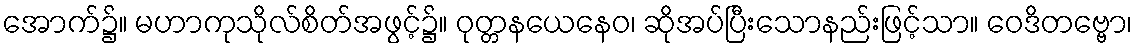
အောက်၌။ မဟာကုသိုလ်စိတ်အဖွင့်၌။ ဝုတ္တနယေနေဝ၊ ဆိုအပ်ပြီးသောနည်းဖြင့်သာ။ ဝေဒိတဗ္ဗော၊